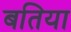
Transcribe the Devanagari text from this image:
बतिया